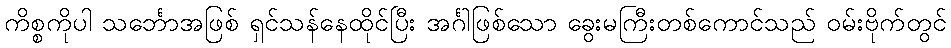
ကိစ္စကိုပါ သင်္ဘောအဖြစ် ရှင်သန်နေထိုင်ပြီး အင်္ဂါဖြစ်သော ခွေးမကြီးတစ်ကောင်သည် ဝမ်းဗိုက်တွင်